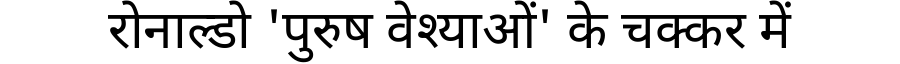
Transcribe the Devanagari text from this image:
रोनाल्डो 'पुरुष वेश्याओं' के चक्कर में